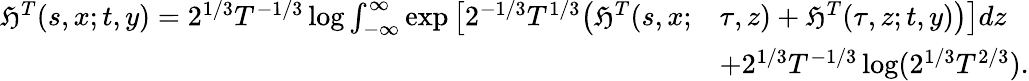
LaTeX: \begin{array}{rl}{\mathfrak{H}^{T}(s,x;t,y)=2^{1/3}T^{-1/3}\log\int_{-\infty}^{\infty}\exp\big[2^{-1/3}T^{1/3}\big(\mathfrak{H}^{T}(s,x;}&{\tau,z)+\mathfrak{H}^{T}(\tau,z;t,y)\big)\big]dz}\\ &{+2^{1/3}T^{-1/3}\log(2^{1/3}T^{2/3}).}\end{array}